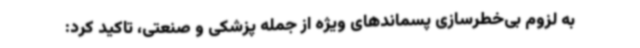
به لزوم بی‌خطرسازی پسماندهای ویژه از جمله پزشکی و صنعتی، تاکید کرد: